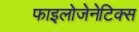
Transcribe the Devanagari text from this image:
फाइलोजेनेटिक्स